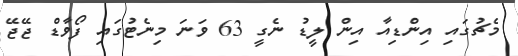
މެޗުގައި އިންޑިއާ އިން ލީޑު ނެގީ 63 ވަނަ މިނެޓުގައި ފޯވާޑް ޖޭޖޭ